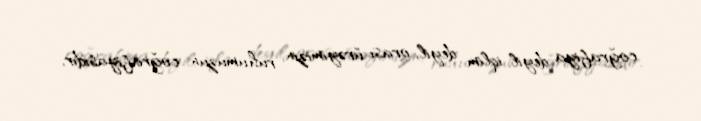
coğrafiya deyil, iqlim deyil, orası ürəyimizin, ruhumuzun coğrafiyasıdır,